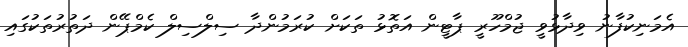
އެމަނިކުފާނު ވިދާޅުވީ ޖުމްހޫރީ ޕާޓީން އަތޮޅު ތަކަށް ކުރަމުންދާ ސިލްސިލް ކެމްޕޭން ދަތުރުތަކުގައި